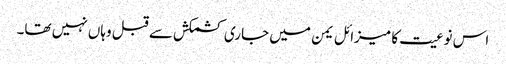
اس نوعیت کا میزائل یمن میں جاری کشمکش سے قبل وہاں نہیں تھا۔